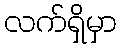
လက်ရှိမှာ